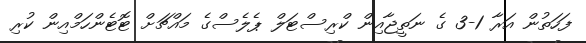
ފަހަތުން އަރާ 1-3 ގެ ނަތީޖާއިން ކްރިސްޓަލް ޕެލެސްގެ މައްޗަށް ޓޮޓެންހަމްއިން ކުރި